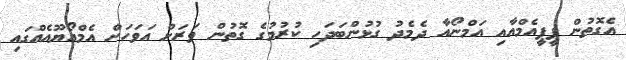
އެގޮތުން ޕީޕީއެމްއާއި އަމްނޯއާ ދެމެދު ގުޅުންބަދަހި ކުރުމުގެ ގޮތުން ވަރަށް އަވަހަށް އެމްއޯޔޫއެއްގައި